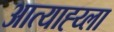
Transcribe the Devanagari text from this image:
आत्याह्य्ला